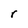
Character: r